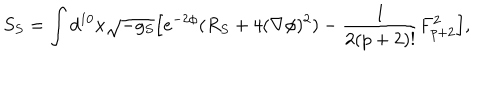
LaTeX: S _ { S } = \int d ^ { 1 0 } x \sqrt { - g _ { S } } \Big [ e ^ { - 2 \phi } ( R _ { S } + 4 ( \nabla \phi ) ^ { 2 } ) - { \frac { 1 } { 2 ( p + 2 ) ! } } F _ { p + 2 } ^ { 2 } \Big ] ,